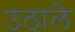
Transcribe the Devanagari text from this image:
उठाले